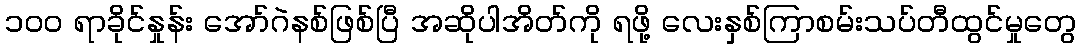
၁၀၀ ရာခိုင်နှုန်း အော်ဂဲနစ်ဖြစ်ပြီ အဆိုပါအိတ်ကို ရဖို့ လေးနှစ်ကြာစမ်းသပ်တီထွင်မှုတွေ